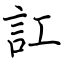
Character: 訌